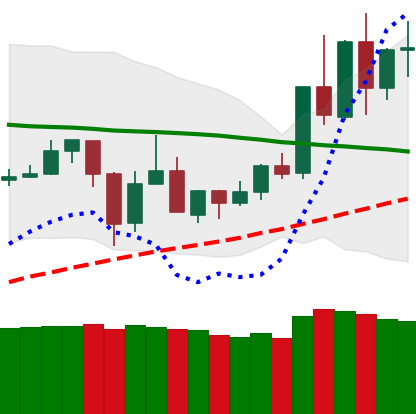
Ticker: TRX-USD
Chart end date: 2020-06-04
Forward return: 4.134%
Label: up_3_5